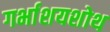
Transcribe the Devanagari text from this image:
गर्भाशयशोथ